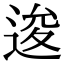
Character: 逡